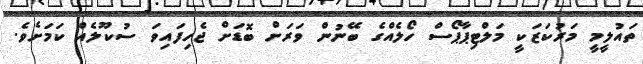
ތައުލީމީ މަރުކަޒަކީ މަލްޓިޕާޕޯސް ހޯލެއްގެ ބޭނުން ވަރަށް ބޮޑަށް ޖެހިފައިވަ ސުކޫލެއް ކަމަށެވެ.